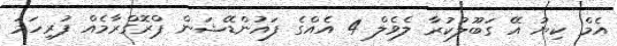
އެމް ކިޔު އޭ ގަބޫލުކުރާ ލެވެލް 4 އެއްގެ ފައުންޑޭޝަން ޕްރޮގްރާމެއް ފުރިހަމަ